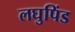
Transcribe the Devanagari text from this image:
लघुपिंड